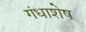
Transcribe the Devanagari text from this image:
गंधाशेष